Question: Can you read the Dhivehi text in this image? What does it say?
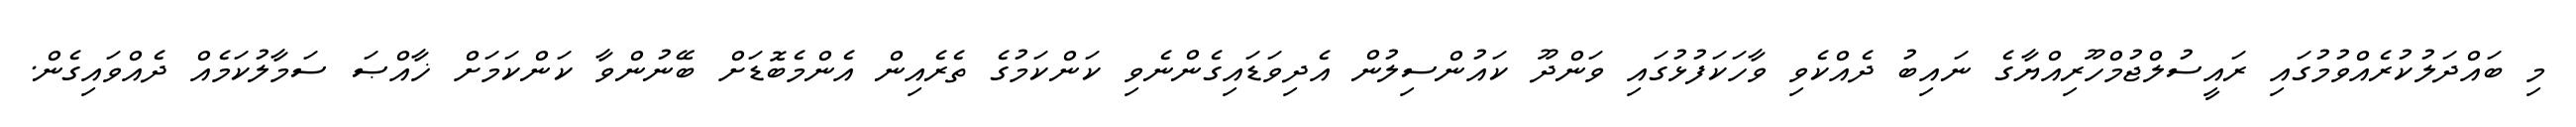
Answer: މި ބައްދަލުކުރެއްވުމުގައި ރައީސުލްޖުމްހޫރިއްޔާގެ ނައިބު ދެއްކެވި ވާހަކަފުޅުގައި ވަންދޫ ކައުންސިލުން އެދިވަޑައިގެންނެވި ކަންކަމުގެ ތެރެއިން އެންމެބޮޑަށް ބޭނުންވާ ކަންކަމަށް ޚާއްޞަ ސަމާލުކަމެއް ދެއްވައިގެން.